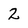
Character: 2